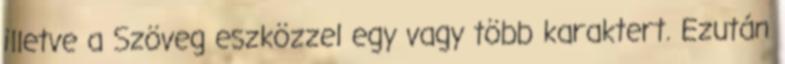
illetve a Szöveg eszközzel egy vagy több karaktert. Ezután